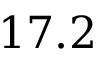
1 7 . 2